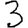
Digit: 3